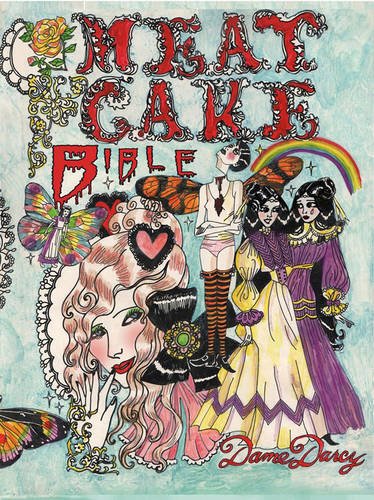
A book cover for The Meat Cake Bible; Dame Darcy; Comics & Graphic Novels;